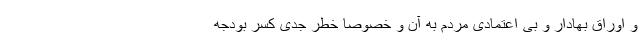
و اوراق بهادار و بی اعتمادی مردم به آن و خصوصا خطر جدی کسر بودجه